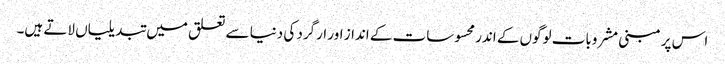
اس پر مبنی مشروبات لوگوں کے اندر محسوسات کے انداز اور ارگرد کی دنیا سے تعلق میں تبدیلیاں لاتے ہیں۔